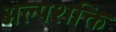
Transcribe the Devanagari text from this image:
अल्‍पशक्ति